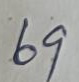
69